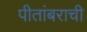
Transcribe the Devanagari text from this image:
पीतांबराची